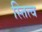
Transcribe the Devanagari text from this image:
स्तित्व